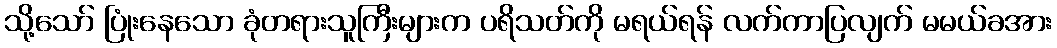
သို့သော် ပြုံးနေသော ခုံတရားသူကြီးများက ပရိသတ်ကို မရယ်ရန် လက်ကာပြလျက် မမယ်ခအား